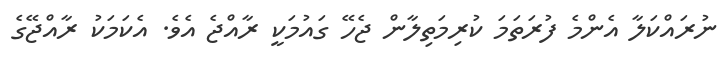
ނުރައްކަލާ އެންމެ ފުރަތަމަ ކުރިމަތިލާން ޖެހޭ ގައުމަކީ ރާއްޖެ އެވެ. އެކަމަކު ރާއްޖޭގެ